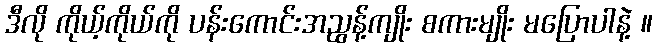
ဒီလို ကိုယ့်ကိုယ်ကို ပန်းကောင်းအညွန့်ကျိုး စကားမျိုး မပြောပါနဲ့ ။